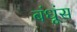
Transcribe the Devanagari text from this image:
बंधूंस